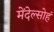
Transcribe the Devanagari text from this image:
मेंदेल्सोहं